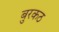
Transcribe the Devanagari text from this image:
बुरकठ